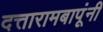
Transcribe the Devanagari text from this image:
दत्तारामबापूंनी